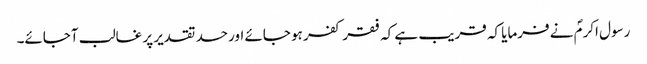
رسول اکرمؐ نے فرمایا کہ قریب ہے کہ فقر کفر ہو جائے اور حسد تقدیر پر غالب آجائے۔